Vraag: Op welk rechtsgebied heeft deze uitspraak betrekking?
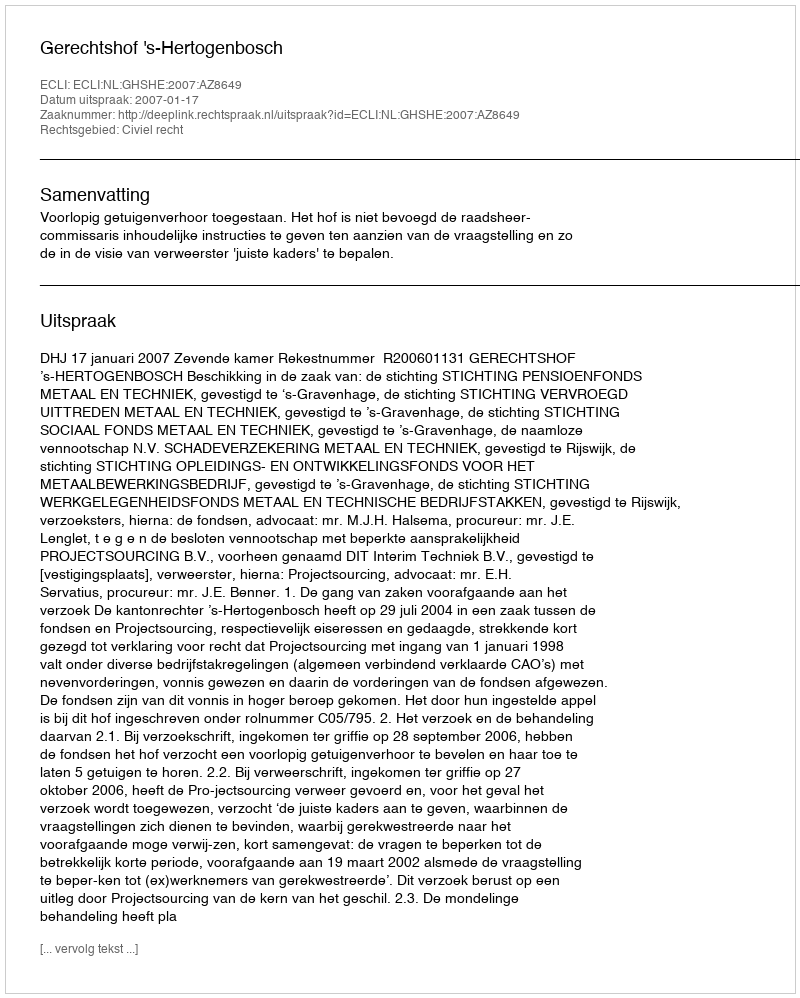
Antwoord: Civiel recht